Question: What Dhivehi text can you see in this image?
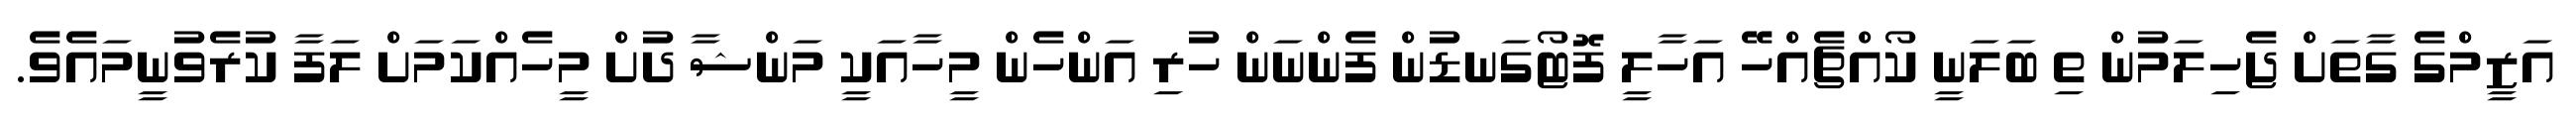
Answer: އަޒީމްގެ ގާތަށް ޖެހިލަމުން ތި ބަލަނީ ކޯއްޗެއްހޭ އަހާލީ ފޮޓޯގަނޑުން ފެންނަން ހުރި އަންހެން މީހާއަކީ މަންޝާ ދުށް މީހެއްކަމަށް ލަފާ ކުރެވުނީމައެވެ.